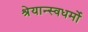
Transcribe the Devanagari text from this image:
श्रेयान्स्वधर्मो